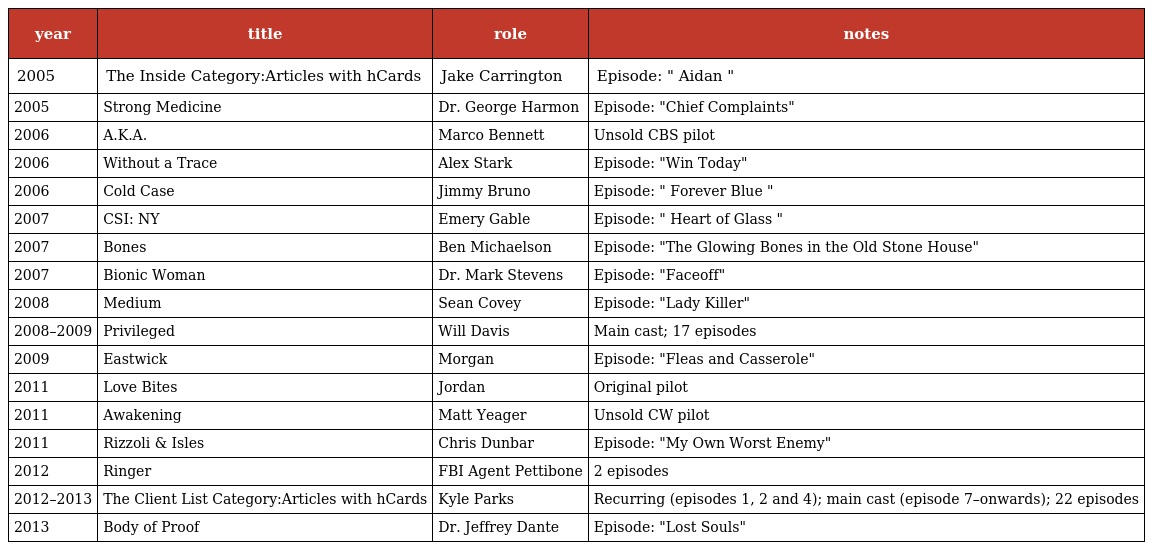
| year | title | role | notes |
 | --- | --- | --- | --- |
 | 2005 | The Inside Category:Articles with hCards | Jake Carrington | Episode: " Aidan " |
 | 2005 | Strong Medicine | Dr. George Harmon | Episode: "Chief Complaints" |
 | 2006 | A.K.A. | Marco Bennett | Unsold CBS pilot |
 | 2006 | Without a Trace | Alex Stark | Episode: "Win Today" |
 | 2006 | Cold Case | Jimmy Bruno | Episode: " Forever Blue " |
 | 2007 | CSI: NY | Emery Gable | Episode: " Heart of Glass " |
 | 2007 | Bones | Ben Michaelson | Episode: "The Glowing Bones in the Old Stone House" |
 | 2007 | Bionic Woman | Dr. Mark Stevens | Episode: "Faceoff" |
 | 2008 | Medium | Sean Covey | Episode: "Lady Killer" |
 | 2008–2009 | Privileged | Will Davis | Main cast; 17 episodes |
 | 2009 | Eastwick | Morgan | Episode: "Fleas and Casserole" |
 | 2011 | Love Bites | Jordan | Original pilot |
 | 2011 | Awakening | Matt Yeager | Unsold CW pilot |
 | 2011 | Rizzoli & Isles | Chris Dunbar | Episode: "My Own Worst Enemy" |
 | 2012 | Ringer | FBI Agent Pettibone | 2 episodes |
 | 2012–2013 | The Client List Category:Articles with hCards | Kyle Parks | Recurring (episodes 1, 2 and 4); main cast (episode 7–onwards); 22 episodes |
 | 2013 | Body of Proof | Dr. Jeffrey Dante | Episode: "Lost Souls" |